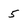
Character: 5